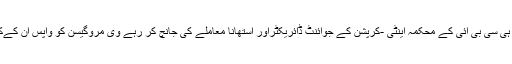
ستمبر کے آخری ہفتے میں ہی سی بی آئی کے محکمہ اینٹی -کرپشن کے جوائنٹ ڈائریکٹراور استھانا معاملے کی جانچ کر رہے وی مروگیسن کو واپس ان کےکیڈر اتراکھنڈبھیج دیا گیا تھا۔